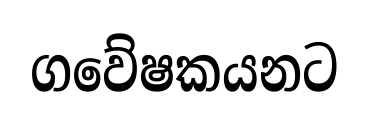
ගවේෂකයනට